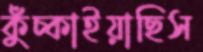
কুঁচ্‌কাইয়াছিস